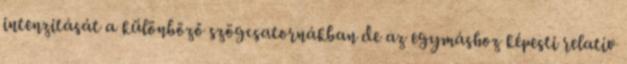
intenzitását a különböző szögcsatornákban de az egymáshoz képesti relatív